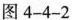
图4-4-2